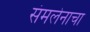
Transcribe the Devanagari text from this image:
संमलेनाचा